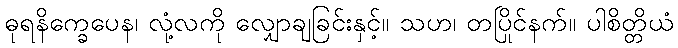
ဓုရနိက္ခေပေန၊ လုံ့လကို လျှောချခြင်းနှင့်။ သဟ၊ တပြိုင်နက်။ ပါစိတ္တိယံ